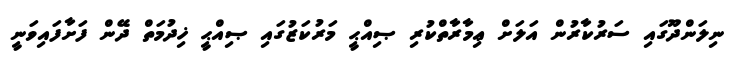
ނިލަންދޫގައި ސަރުކާރުން އަލަށް ޢިމާރާތްކުރި ޞިއްޙީ މަރުކަޒުގައި ޞިއްޙީ ޚިދުމަތް ދޭން ފަށާފައިވަނީ